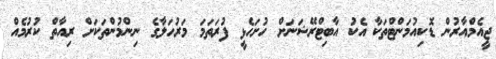
ޖީއެމްއާރުން ޑޮކިއުމަންޓްތަކާ އެކު އާބިޓްރޭޝަނަށް ހުށަހެޅީ ފުރަތަމަ މަރުހަލާގެ ނިންމުންތަކަށް ރިއާތް ކުރުމެއް